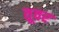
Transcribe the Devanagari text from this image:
तूवर